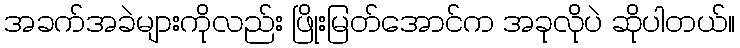
အခက်အခဲများကိုလည်း ဖြိုးမြတ်အောင်က အခုလိုပဲ ဆိုပါတယ်။